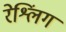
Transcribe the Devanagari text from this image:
रेश्लिंग